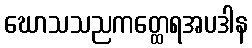
ဃောသသညကတ္ထေရအပဒါန